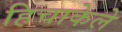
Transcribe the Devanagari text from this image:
हिचाकेले